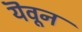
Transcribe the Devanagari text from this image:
यॆवून